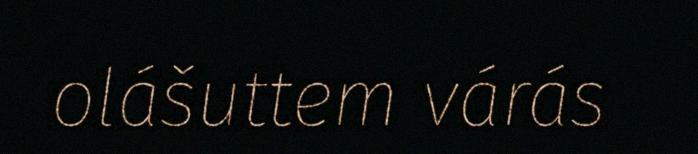
olášuttem várás